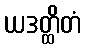
ယဒတ္ထိတံ